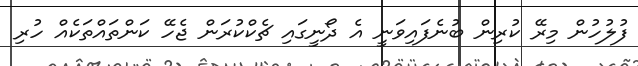
ފުލުހުން މިރޭ ކުރިން ބުނެފައިވަނީ އެ ދޯނީގައި ޗެކްކުރަން ޖެހޭ ކަންތައްތަކެއް ހުރި